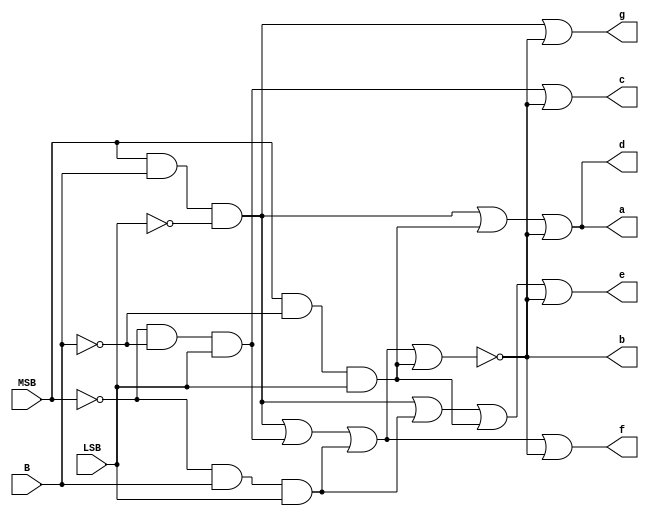
module decod_7seg(a, b, c, d, e, f, g, MSB, B, LSB);

	input MSB, B, LSB;
	output a, b, c, d, e, f, g;
	
	wire notMSB, notB, notLSB;
	wire aux_1, aux_2,aux_3,aux_4, aux_a,aux_ligar;
	
	not INVERTER_MSB (notMSB, MSB);
	not INVERTER_B (notB, B);
	not INVERTER_LSB (notLSB, LSB);
	
	and POSSIBIDADE_NUM_4(aux_4, MSB, notB, LSB);
	and POSSIBIDADE_NUM_3(aux_3, notMSB, B, LSB);
	and POSSIBIDADE_NUM_2(aux_2, notMSB, notB, LSB);
	and POSSIBIDADE_NUM_1(aux_1, MSB, B, notLSB);
	nor LigarOuDesligar(aux_ligar, aux_1, aux_2, aux_3, aux_4);
	
	or POSSI_1_4(aux_a,aux_1, aux_4);
	or MOSTRAR_A(a, aux_a, aux_ligar);
	
	or MOSTRAR_B(b, aux_ligar);
	
	or MOSTRAR_C(c, aux_2, aux_ligar);
	
	or MOSTRAR_D(d, aux_a, aux_ligar);
	
	or MOSTRAR_E(e, aux_1, aux_3, aux_4, aux_ligar);
	
	or MOSTRAR_F(f, aux_1, aux_2, aux_3, aux_ligar);
	
	or MOSTRAR_G(g, aux_1, aux_ligar);
	
endmodule